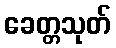
ခေတ္တသုတ်